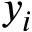
y _ { i }